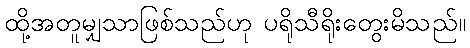
ထို့အတူမျှသာဖြစ်သည်ဟု ပရိုသီရိုးတွေးမိသည်။